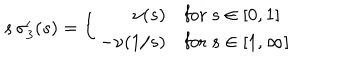
s \, \sigma _ { 3 } ^ { \prime } ( s ) = \left\{ \begin{array} { r l } { { \nu ( s ) } } & { { \mathrm { f o r ~ } s \in [ 0 , 1 ] } } \\ { { - \nu ( 1 / s ) } } & { { \mathrm { f o r ~ } s \in [ 1 , \infty ] } } \\ \end{array} \right.